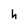
Character: h